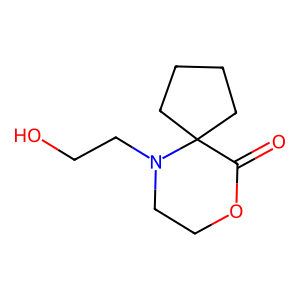
SMILES: O=C1OCCN(CCO)C12CCCC2
Inhibits HIV replication: No